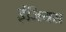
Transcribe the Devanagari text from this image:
ईजियस